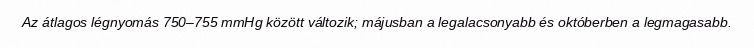
Az átlagos légnyomás 750–755 mmHg között változik; májusban a legalacsonyabb és októberben a legmagasabb.